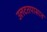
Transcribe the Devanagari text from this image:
उलटतपासात